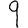
Digit: 9